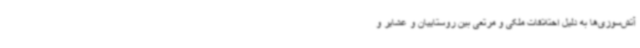
آتش‌سوزی‌ها به دلیل اختلافات ملکی و مرتعی بین روستاییان و عشایر و